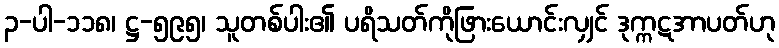
၃-ပါ-၁၁၈၊ ဋ္ဌ-၅၉၅၊ သူတစ်ပါး၏ ပရိသတ်ကိုဖြားယောင်းလျှင် ဒုက္ကဋအာပတ်ဟု